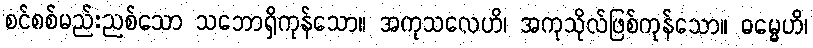
စင်စစ်မည်းညစ်သော သဘောရှိကုန်သော။ အကုသလေဟိ၊ အကုသိုလ်ဖြစ်ကုန်သော။ ဓမ္မေဟိ၊